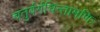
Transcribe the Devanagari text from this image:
चतुर्वर्गचिन्तामणिः